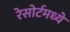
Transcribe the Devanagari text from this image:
रेसोर्टमध्ये